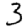
Digit: 3